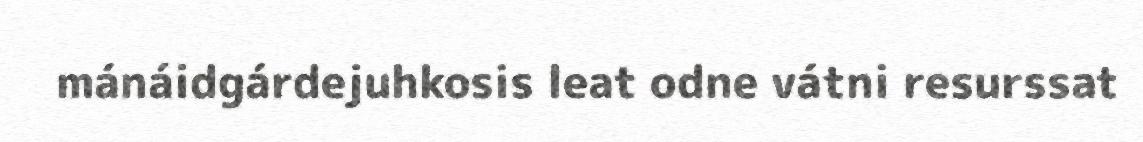
mánáidgárdejuhkosis leat odne vátni resurssat